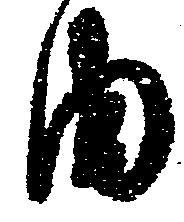
由